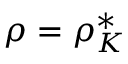
\rho = \rho _ { K } ^ { * }